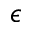
\epsilon